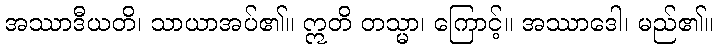
အဿာဒီယတိ၊ သာယာအပ်၏။ ဣတိ တသ္မာ၊ ကြောင့်။ အဿာဒေါ၊ မည်၏။